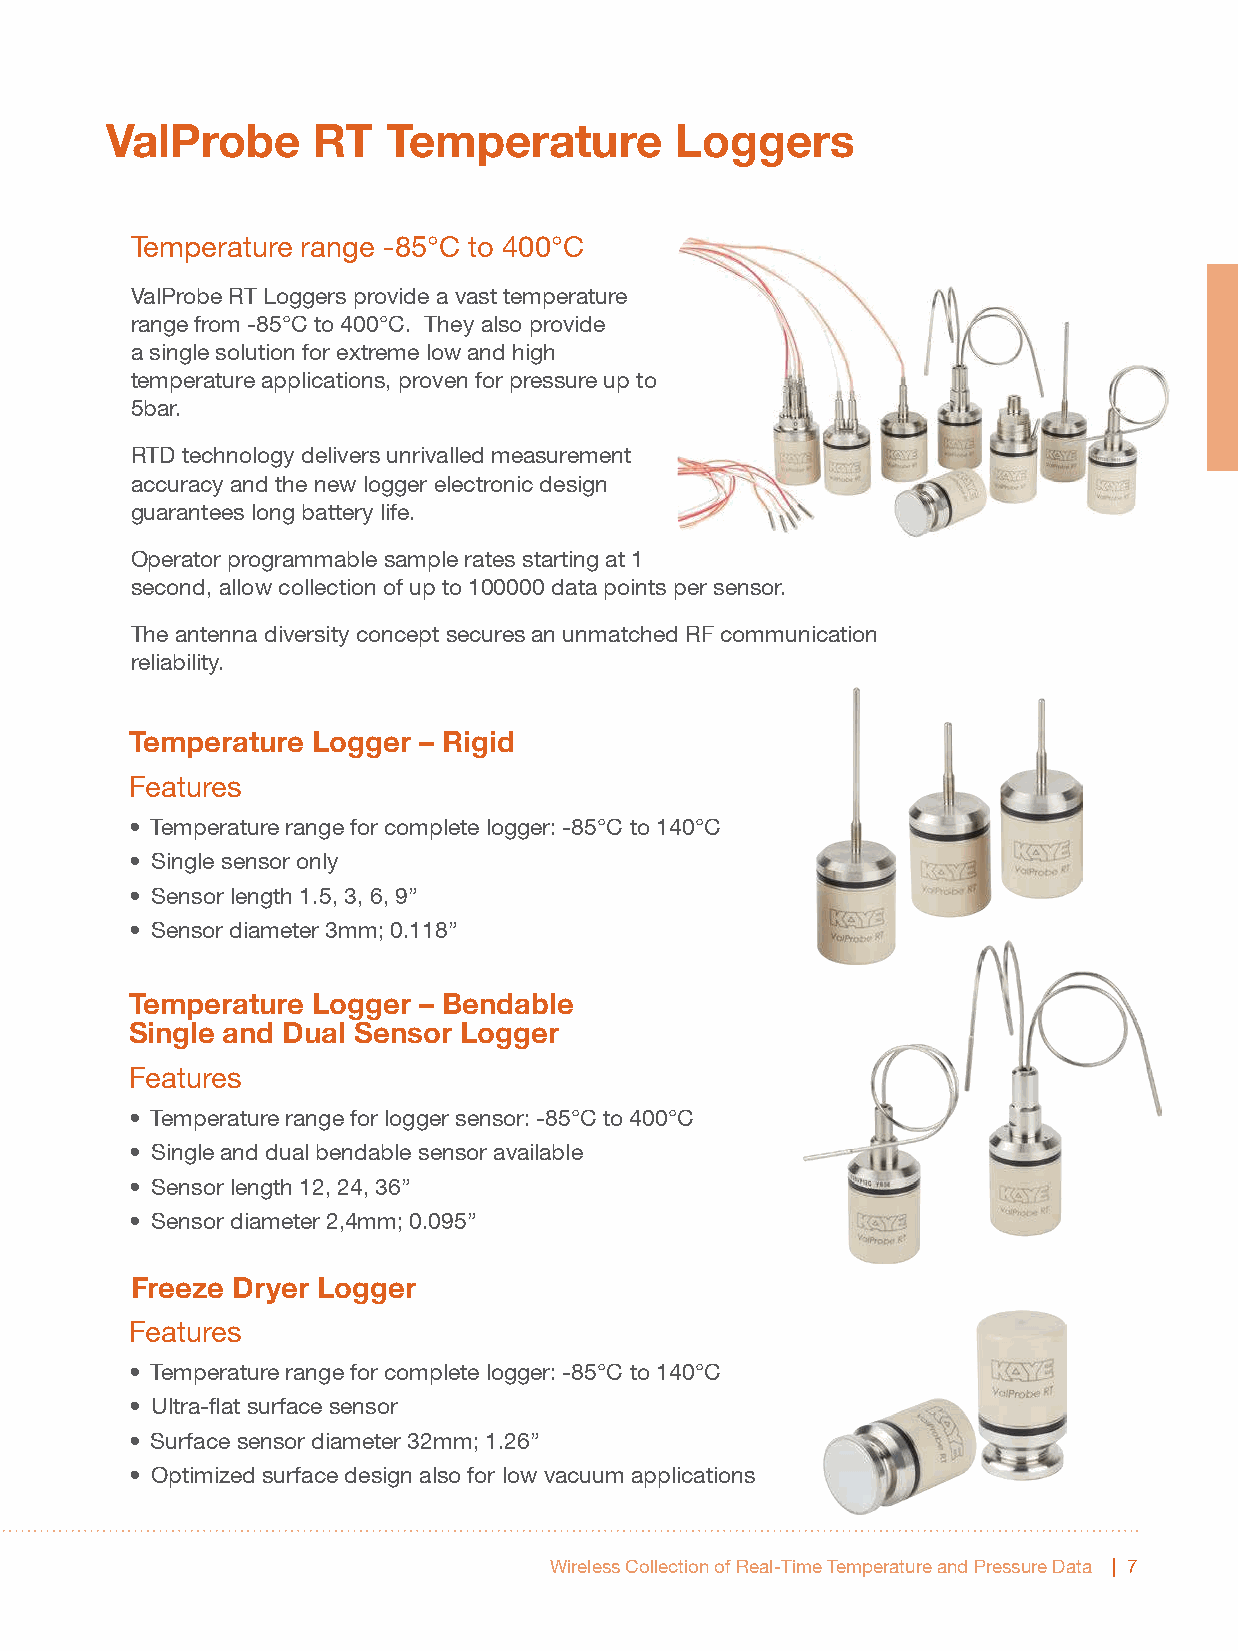
ValProbe      RT   Temperature        Loggers
 Temperature range -85°C to 400°C
 ValProbe RT Loggers provide a vast temperature
 range from -85°C to 400°C. They also provide
 a single solution for extreme low and high
 temperature applications, proven for pressure up to
 5bar.
 RTD technology delivers unrivalled measurement
 accuracy and the new logger electronic design
 guarantees long battery life.
 Operator programmable sample rates starting at 1
 second, allow collection of up to 100000 data points per sensor.
 The antenna diversity concept secures an unmatched RF communication
 reliability.
 Temperature Logger – Rigid
 Features
 • Temperature range for complete logger: -85°C to 140°C
 • Single sensor only
 • Sensor length 1.5, 3, 6, 9”
 • Sensor diameter 3mm; 0.118”
 Temperature Logger – Bendable
 Single and Dual Sensor Logger
 Features
 • Temperature range for logger sensor: -85°C to 400°C
 • Single and dual bendable sensor available
 • Sensor length 12, 24, 36”
 • Sensor diameter 2,4mm; 0.095”
 Freeze Dryer Logger
 Features
 • Temperature range for complete logger: -85°C to 140°C
 • Ultra-flat surface sensor
 • Surface sensor diameter 32mm; 1.26”
 • Optimized surface design also for low vacuum applications
 Wireless Collection of Real-Time Temperature and Pressure Data | 7